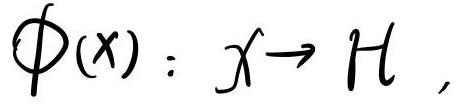
$\phi(x): x\to \mathcal{H},$